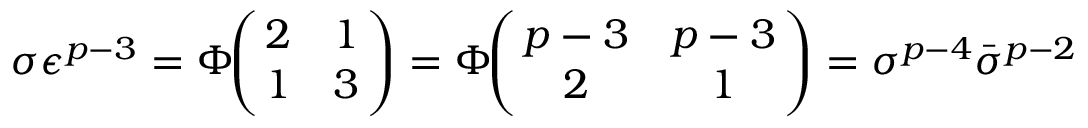
\sigma \epsilon ^ { p - 3 } = \Phi \! \! \left( \! \! \begin{array} { c c } { { 2 } } & { { 1 } } \\ { { 1 } } & { { 3 } } \end{array} \! \! \right) = \Phi \! \! \left( \! \! \begin{array} { c c } { { p - 3 } } & { { p - 3 } } \\ { { 2 } } & { { 1 } } \end{array} \! \! \right) = \sigma ^ { p - 4 } \bar { \sigma } ^ { p - 2 }